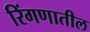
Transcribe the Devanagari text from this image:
रिंगणातील